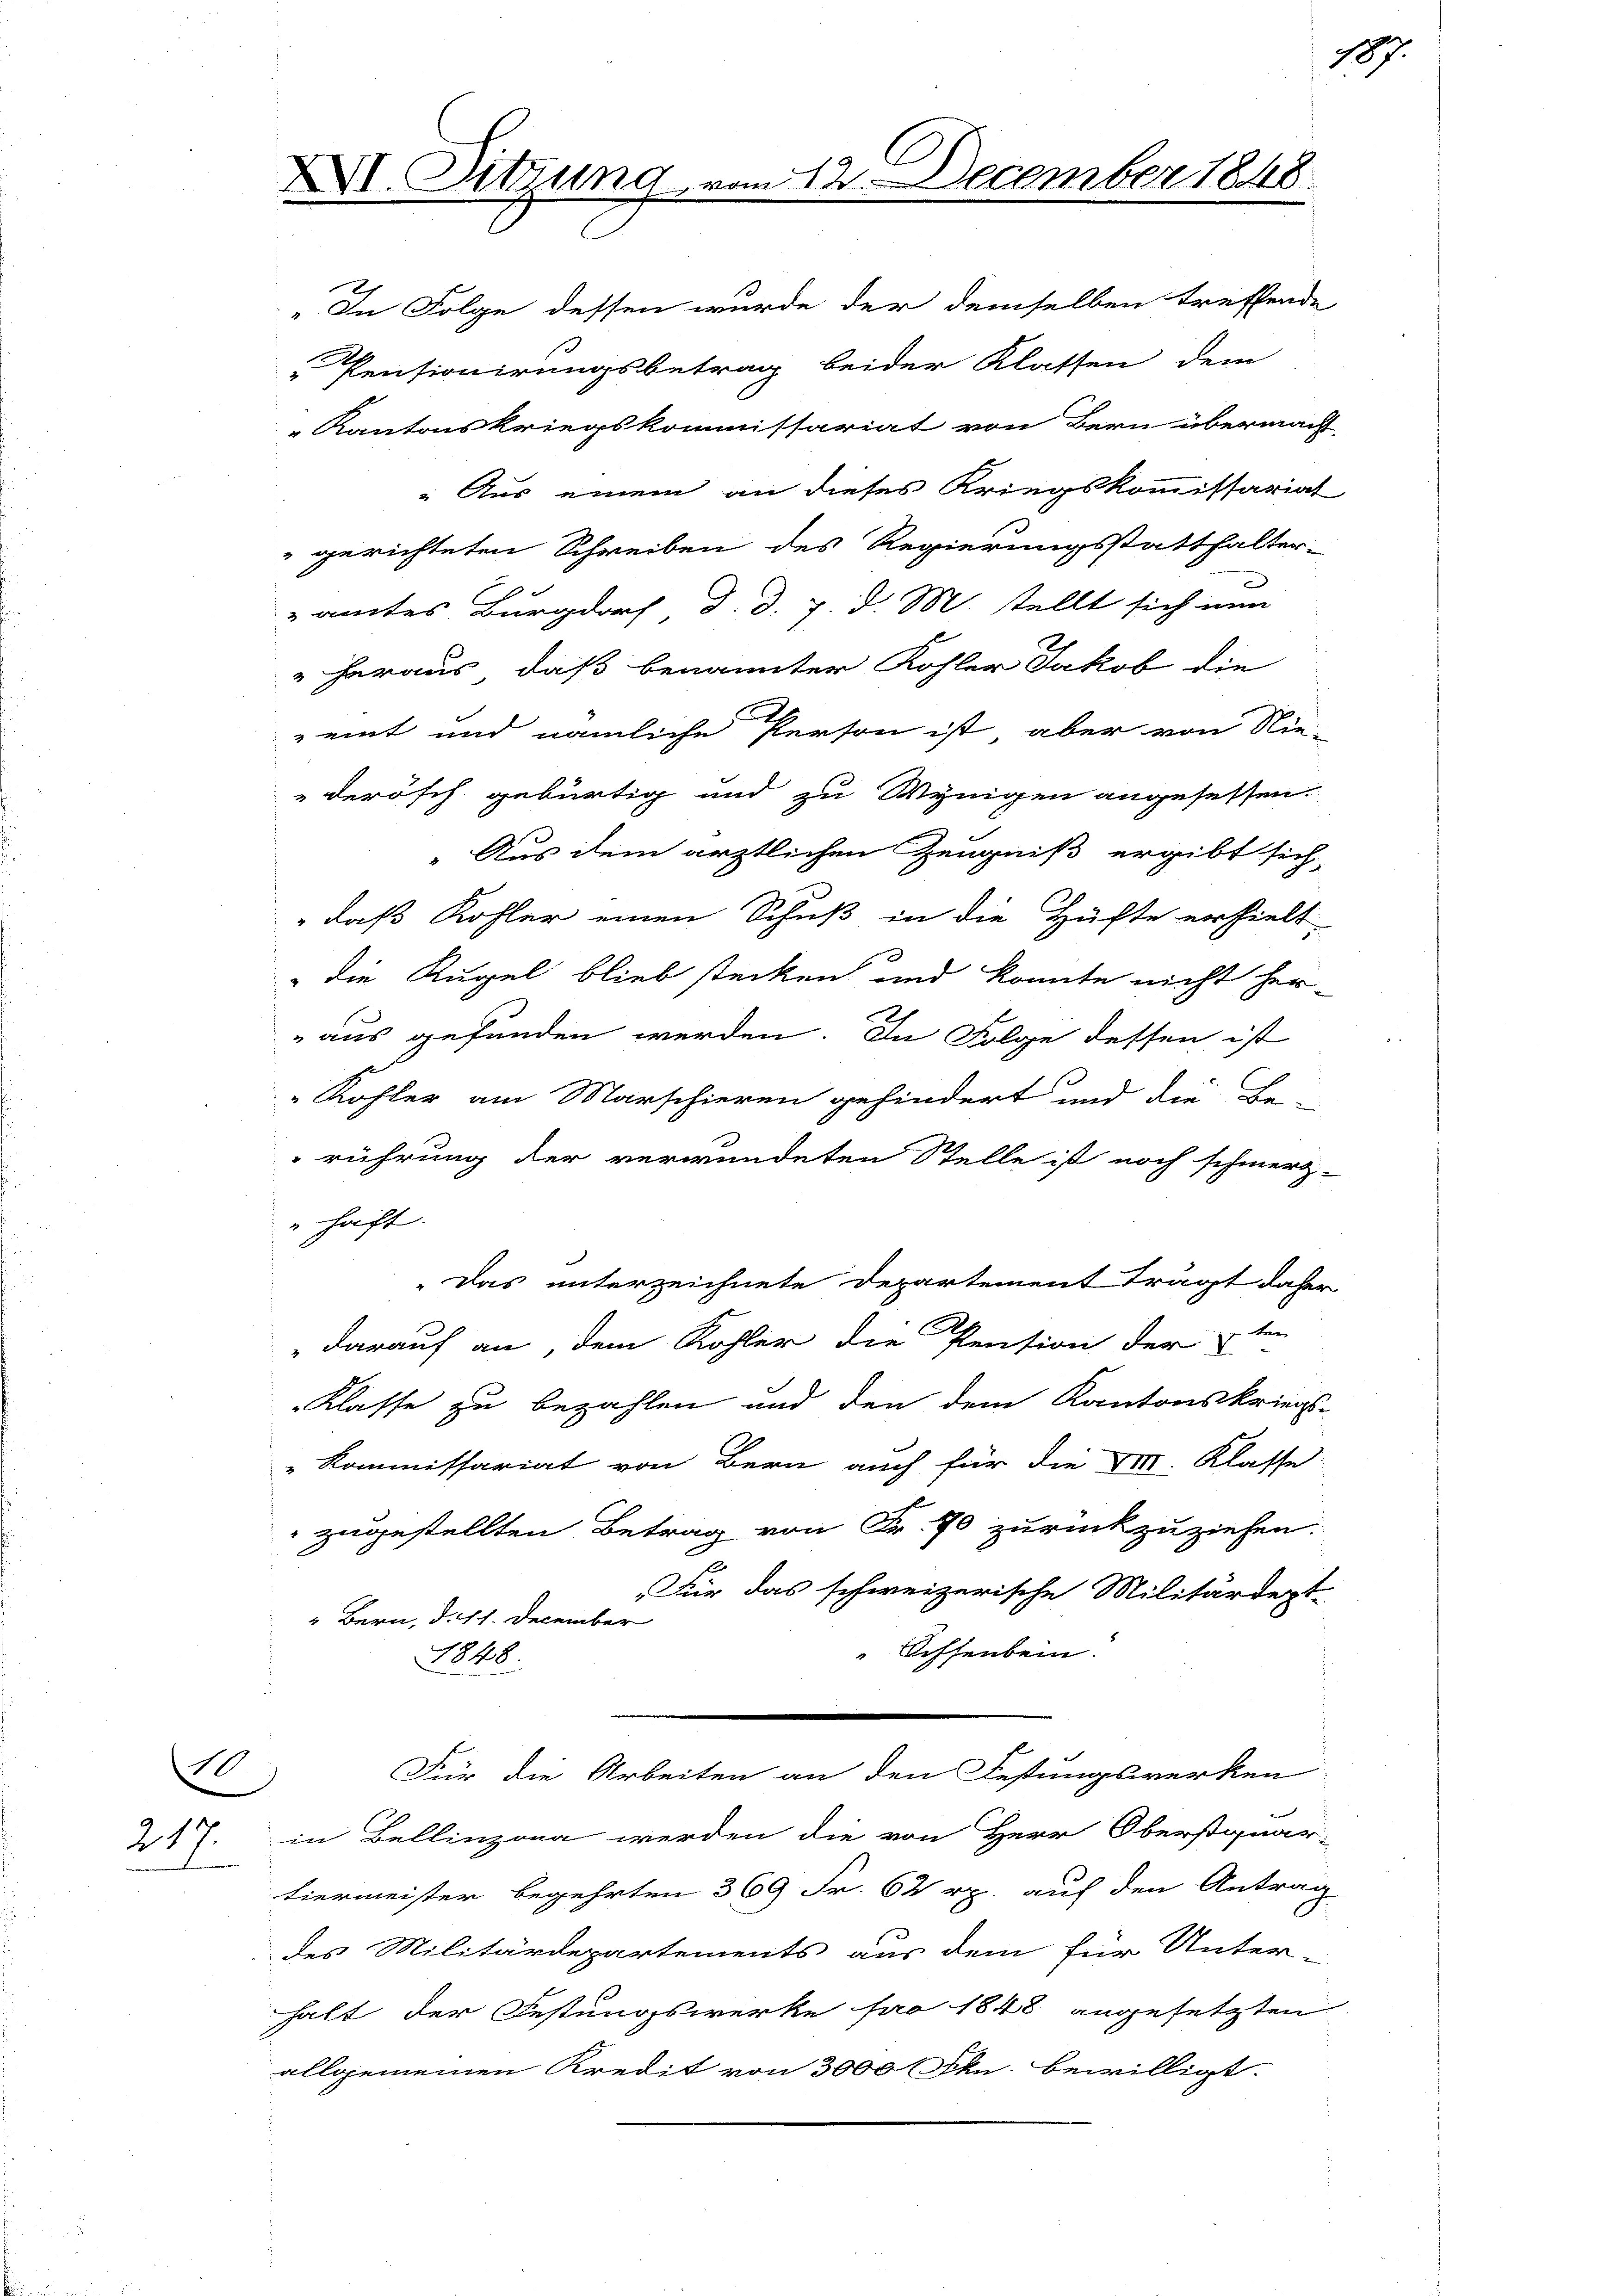
217.

10

XI. Sitzung

„In Folge dessen wurde der demselben treffende
Pensionirungsbetrag beider Klassen dem
Kantonskriegskommissariat von Bern übermacht.
 Aus einem an dieses Kriegskommissariat
" gerichteten Schreiben des Regierungsstatthalter-
amtes Burgdorf, d. d. 7. d. M. stellt sich nun
haraus, daß benannter Kohler Jakob die
eint und nämliche Person ist aber von Nie-
derösch gebürtig und zu Wenigen angesessen.
"Aus dem ärztlichen Zeugniß ergibt sich
daß Kohler einen Schuß in die Hüfte erhielt,
 die Kugel blieb stecken und konnte nicht her-
aus gefunden werden. In Folge dessen ist
Kofler am Marschieren gehindert und die Be-
rührung der verwundeten Stelle ist noch schmerz-
" haft.
"Das unterzeichnete Departement Trägt daher
darauf an, dem Kohler die Pension der 2ten
Klasse zu bezahlen und den dem Kantonskriegs-
„Kommissariat von Bern auch für die VIII. Klasse
 zugestellten Betrag von Fr. 90 zurückzuziehen.
Für das schweizerische Militärdept-
" Bern, d. 11. December
Ochsenbein
1848.
n
Für die Arbeiten an den Festungswerken
in Bellinzona werden die von Herr Oberstquar-
tiermeister begehrten 369 Fr. 62 rp. auf den Antrag
des Militärdepartements aus dem für Unter
halt der Festungswerke pro 1848 angesetzten
allgemeinen Kredit von 3000 Fkn bewilligt.

312. December 1848.

107.